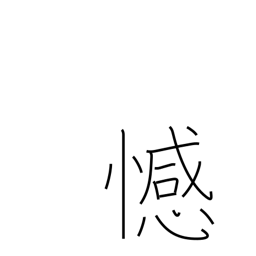
Meaning: remorse